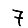
Digit: 7